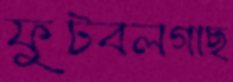
ফুটবলগাছ